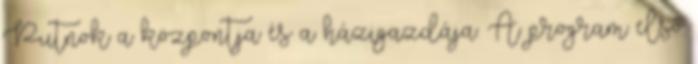
Putnok a központja és a házigazdája. A program első